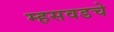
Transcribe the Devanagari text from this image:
म्हसवडचे